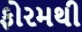
ફોરમથી